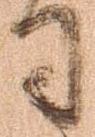
司